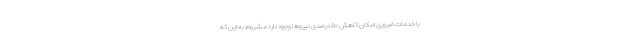
با خدمات ضروری امکان کاهش ۵۰ درصدی نیروها وجود دارد مشروط به این که